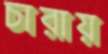
চারায়